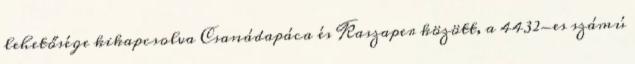
lehetősége kikapcsolva Csanádapáca és Kaszaper között, a 4432-es számú